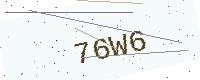
Text: 76W6